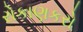
રોકાણકરો